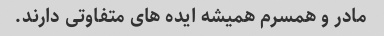
مادر و همسرم همیشه ایده های متفاوتی دارند.